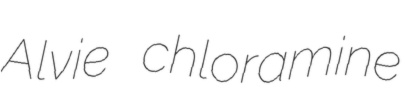
Alvie chloramine